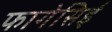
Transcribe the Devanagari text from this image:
फागेसिई